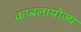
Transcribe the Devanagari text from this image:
काबलायोज्य